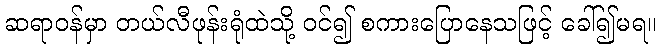
ဆရာဝန်မှာ တယ်လီဖုန်းရုံထဲသို့ ဝင်၍ စကားပြောနေသဖြင့် ခေါ်၍မရ။